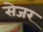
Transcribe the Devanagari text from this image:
सेजर